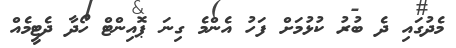
މެދުގައި ދެ ބުރު ކުޅުމަށް ފަހު އެންމެ ގިނަ ޕޮއިންޓް ހޯދާ ދެޓީމެއް